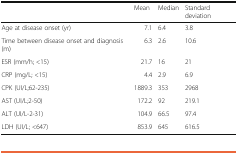
<table><thead><tr><td></td><td><b>Mean</b></td><td><b>Median</b></td><td><b>Standard deviation</b></td></tr></thead><tbody><tr><td>Age at disease onset (yr)</td><td>7.1</td><td>6.4</td><td>3.8</td></tr><tr><td>Time between disease onset and diagnosis (m)</td><td>6.3</td><td>2.6</td><td>10.6</td></tr><tr><td>ESR (mm/h; &lt;15)</td><td>21.7</td><td>16</td><td>21</td></tr><tr><td>CRP (mg/L; &lt;15)</td><td>4.4</td><td>2.9</td><td>6.9</td></tr><tr><td>CPK (UI/L;62-235)</td><td>1889.3</td><td>353</td><td>2968</td></tr><tr><td>AST (UI/L;2-50)</td><td>172.2</td><td>92</td><td>219.1</td></tr><tr><td>ALT (UI/L-2-31)</td><td>104.9</td><td>66.5</td><td>97.4</td></tr><tr><td>LDH (UI/L; &lt;647)</td><td>853.9</td><td>645</td><td>616.5</td></tr></tbody></table>